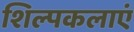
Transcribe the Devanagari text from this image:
शिल्पकलाएं